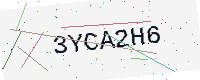
Text: 3YCA2H6